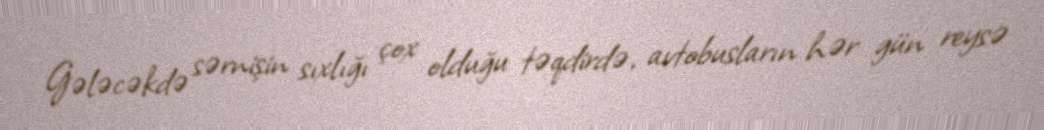
Gələcəkdə sərnişin sıxlığı çox olduğu təqdirdə, avtobusların hər gün reysə